Annual statistical returns and brief notes on vaccination in Bengal - 1909-1929
Year: 1909
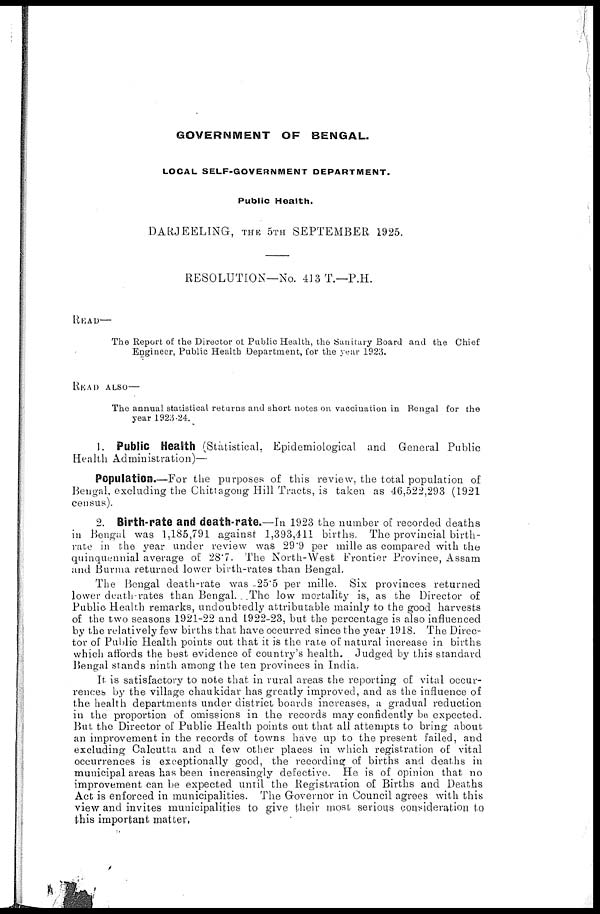
GOVERNMENT OF BENGAL.
LOCAL SELF-GOVERNMENT DEPARTMENT.
Public Health.
DARJEELING, THE 5TH SEPTEMBER 1925.
RESOLUTION—No. 413T.—P.H.
READ—
The Report of the Director of Public Health, the Sanitary Board and the Chief
Engineer, Public Health Department, for the year 1923.
READ ALSO—
The annual statistical returns and short notes on vaccination in Bengal for the
year 1923-24.
1. Public Health (Statistical, Epidemiological and General Public
Health Administration)—
Population.—For the purposes of this review, the total population of
Bengal, excluding the Chittagong Hill Tracts, is taken as 46,522,293 (1921
census).
2. Birth-rate and death-rate.—In 1923 the number of recorded deaths
in Bengal was 1,185,791 against 1,393,411 births. The provincial birth-
rate in the year under review was 29.9 per mille as compared with the
quinquennial average of 28.7. The North-West Frontier Province, Assam
and Burma returned lower birth-rates than Bengal.
The Bengal death-rate was 25.5 per mille. Six provinces returned
lower death-rates than Bengal. The low mortality is, as the Director of
Public Health remarks, undoubtedly attributable mainly to the good harvests
of the two seasons 1921-22 and 1922-23, but the percentage is also influenced
by the relatively few births that have occurred since the year 1918. The Direc-
tor of Public Health points out that it is the rate of natural increase in births
which affords the best evidence of country's health. Judged by this standard
Bengal stands ninth among the ten provinces in India.
It is satisfactory to note that in rural areas the reporting of vital occur-
rences by the village chaukidar has greatly improved, and as the influence of
the health departments under district boards increases, a gradual reduction
in the proportion of omissions in the records may confidently be expected.
But the Director of Public Health points out that all attempts to bring about
an improvement in the records of towns have up to the present failed, and
excluding Calcutta and a few other places in which registration of vital
occurrences is exceptionally good, the recording of births and deaths in
municipal areas has been increasingly defective. He is of opinion that no
improvement can be expected until the Registration of Births and Deaths
Act is enforced in municipalities. The Governor in Council agrees with this
view and invites municipalities to give their most serious consideration to
this important matter.